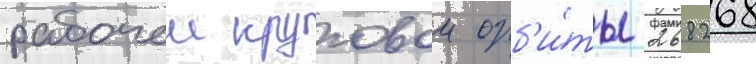
рабочеи круговои орб'и́ты 268268